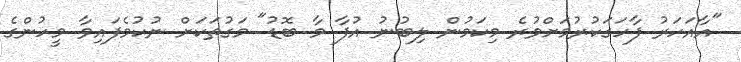
"އާއަހަރު ފާހަގަކުރުމަށްވުރެ މިކަމުން ލިބުނު އުފާ މާ ބޮޑު" މަގުތަކަށް ނުކުމެފައިވާ މީހުންގެ